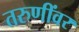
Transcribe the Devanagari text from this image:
तरुणींवर